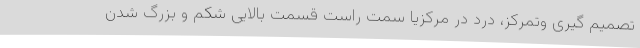
تصمیم گیری وتمرکز، درد در مرکزیا سمت راست قسمت بالایی شکم و بزرگ شدن